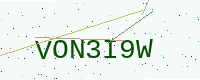
Text: VON3I9W